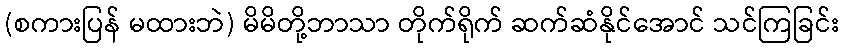
(စကားပြန် မထားဘဲ) မိမိတို့ဘာသာ တိုက်ရိုက် ဆက်ဆံနိုင်အောင် သင်ကြခြင်း